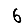
Digit: 6